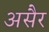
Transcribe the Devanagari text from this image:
असैर